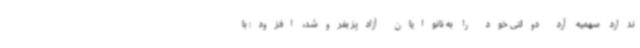
ندارد سهمیه آرد دولتی خود را به نانوایان آزادپز بفروشد، افزود: با